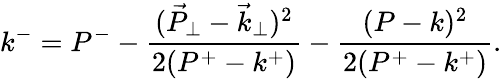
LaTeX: k^{-}=P^{-}-\frac{({\vec{P}_{\perp}}-{\vec{k}_{\perp}})^{2}}{2(P^{+}-k^{+})}-\frac{(P-k)^{2}}{2(P^{+}-k^{+})}.